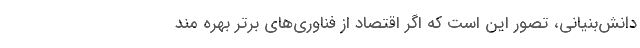
دانش‌بنیانی، تصور این است که اگر اقتصاد از فناوری‌های برتر بهره ­مند